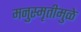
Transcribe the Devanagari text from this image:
मनुस्मृतीमुळे